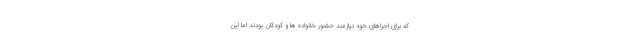
که برای اجراهای خود نیازمند حضور خانواده ها و کودکان بودند اما این